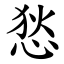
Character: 悐